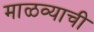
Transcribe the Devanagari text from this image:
माळव्याची